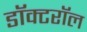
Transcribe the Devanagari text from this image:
डॉक्टरॉल